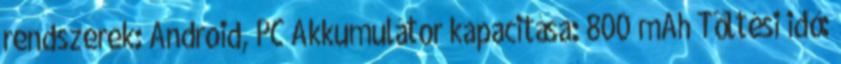
rendszerek: Android, PC Akkumulátor kapacitása: 800 mAh Töltési idő: